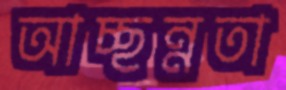
আচ্ছন্নতা